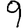
Digit: 9